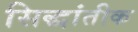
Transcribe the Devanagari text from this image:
सिद्धांतीक